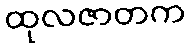
ထုလဇာတက